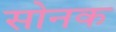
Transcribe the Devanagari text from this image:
सोनक